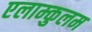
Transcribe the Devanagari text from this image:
एलाम्कुलम